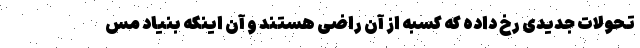
تحولات جدیدی رخ داده که کسبه از آن راضی هستند و آن اینکه بنیاد مس